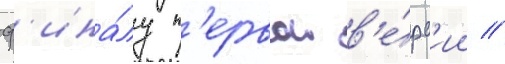
ф'ина́лу п'ервои в'е́рс'ии //